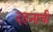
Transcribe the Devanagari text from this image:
दहनाची